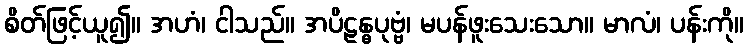
စိတ်ဖြင့်ယူ၍။ အဟံ၊ ငါသည်။ အပိဠန္ဓပုဗ္ဗံ၊ မပန်ဖူးသေးသော။ မာလံ၊ ပန်းကို။